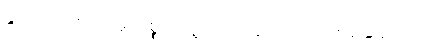
နွားရောင်းဝယ်မှုကိစ္စ၌ သူ့ကိုပင် ဆရာတင်ကြရချေသည်။